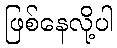
ဖြစ်နေလို့ပါ